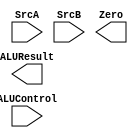
`timescale 1ns / 1ps
//////////////////////////////////////////////////////////////////////////////////
// Company: 
// Engineer: 
// 
// Design Name: 
// Module Name:    ALU 
// Project Name: 
// Target Devices: 
// Tool versions: 
// Description: 
//
// Dependencies: 
//
// Revision: 
// Revision 0.01 - File Created
// Additional Comments: 
//
//////////////////////////////////////////////////////////////////////////////////
module ALU(
    input [31:0] SrcA,
    input [31:0] SrcB,
    input [2:0] ALUControl,
    output Zero,
    output [31:0] ALUResult
    );


endmodule